Lock hospitals Punjab
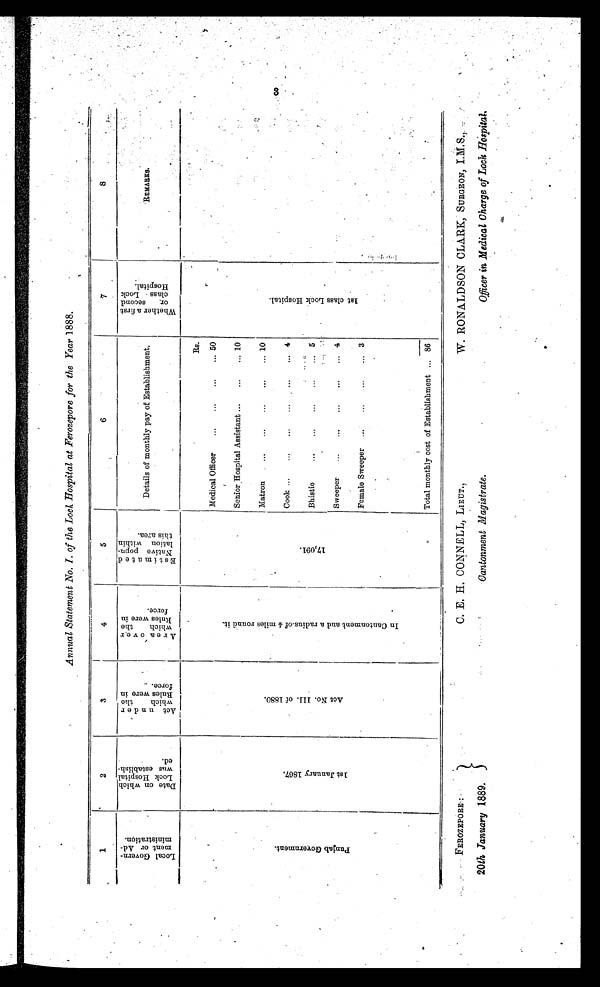
Annual Statement No. I. of the Lock Hospital at Ferozepore for the Year 1888.
1
2
3
4
5
6
7
8
Local Govern-
ment or Ad-
ministration.
D a t e o n w h i c h
l o o k H o s p i t a l
w a s e s t a b l i s h -
e d .
A c t u n d e r
w h i c h t h eR
u l e s w e r e i nf
o r c e .
A r e a o v e r w h i c h t h e
R u l e s w e r e i n
f o r c e .
E s t i m a t e d
N a t i v e p o p u -lation
w i t h i n
t h i s a r e a .
Details of monthly pay of Establishment.
W h e t h e r a f i r s t
o r s e c o n d
c l a s s L o c k
H o s p i t a l .
R E M A R K S .
P u n j a b G o v e r n m e n t .
1 s t J a n u a r y 1 8 6 7 .
A c t N o . I I I . o f 1 8 8 0 .
I n C a n t o n m e n t a n d a r a d i u s o f 4 m i l e s r o u n d i t .
1 7 , 0 9 1 .
Rs.
1 s t c l a s s L o c k H o s p i t a l .
Medical Officer
...
... ... ... 50
Senior Hospital Assistant ... ... ... ... 10
Mat ron. . . . . . . . . . . . 10
Cook ...
4
. . .
. . . . . .
Bhistie
5
... .-. .-. ... ...
Sweeper
...
...
...
...
... 4
Female Sweeper ...
... ... ... 3
Total monthly cost of Establishment ... 86
FEROZEPORE :
20th January 1889.
C. E. H. CONNELL, LIEUT.,
Cantonment Magistrate.
W. RONALDSON CLARK, SURGEON, I.M.s.,
Officer in Medical Charge of Lock Hospital.